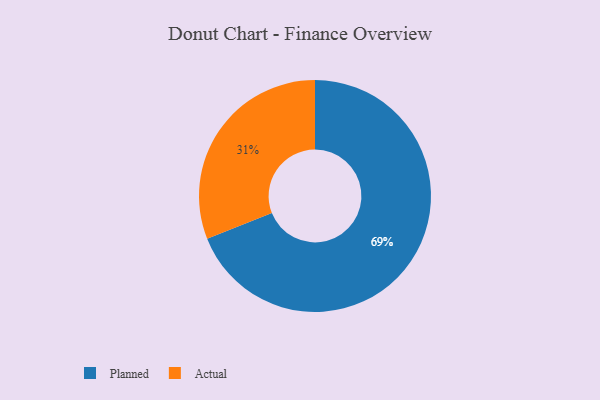
{"axis": {"x": "Category", "y": "Percentage"}, "legend": ["Actual", "Planned"], "data": [{"x": "Planned", "y": 69, "type": "Planned"}, {"x": "Actual", "y": 31, "type": "Actual"}]}